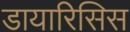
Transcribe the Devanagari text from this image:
डायारिसिस